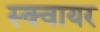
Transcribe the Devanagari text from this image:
स्‍क्‍वायर